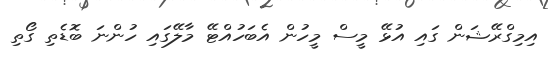
އިމިގްރޭޝަން ގައި އުޅޭ މީސް މީހުން އެބަހުއްޓޭ މާލޭގައި ހުންނަ ބޮޑެތި ގޯތި